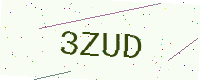
Text: 3ZUD